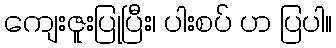
ကျေးဇူးပြုပြီး၊ ပါးစပ် ဟ ပြပါ။